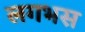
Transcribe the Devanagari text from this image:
लगभस